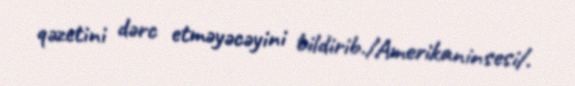
qəzetini dərc etməyəcəyini bildirib./Amerikaninsesi/.